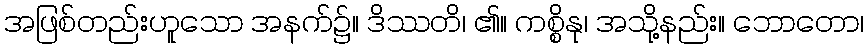
အဖြစ်တည်းဟူသော အနက်၌။ ဒိဿတိ၊ ၏။ ကစ္စိနု၊ အသို့နည်း။ ဘောတော၊